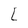
Character: L